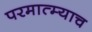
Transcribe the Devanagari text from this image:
परमात्म्याच